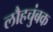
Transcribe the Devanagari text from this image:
लौहचुंबक